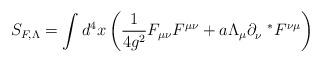
LaTeX: \begin{align*}S_{F,\Lambda}=\int d^{4}x\left(\frac{1}{4g^2}F_{\mu\nu}F^{\mu\nu}+a\Lambda_{\mu}\partial_{\nu}^{~~*}F^{\nu\mu}\right)\end{align*}